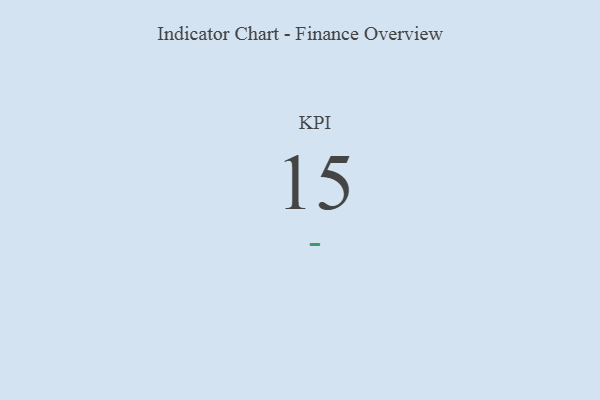
{"axis": {"x": "KPI", "y": "Value"}, "legend": [""], "data": [{"x": "KPI", "y": 15, "type": ""}]}